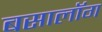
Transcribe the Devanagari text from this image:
बसालॉग